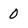
Character: 0